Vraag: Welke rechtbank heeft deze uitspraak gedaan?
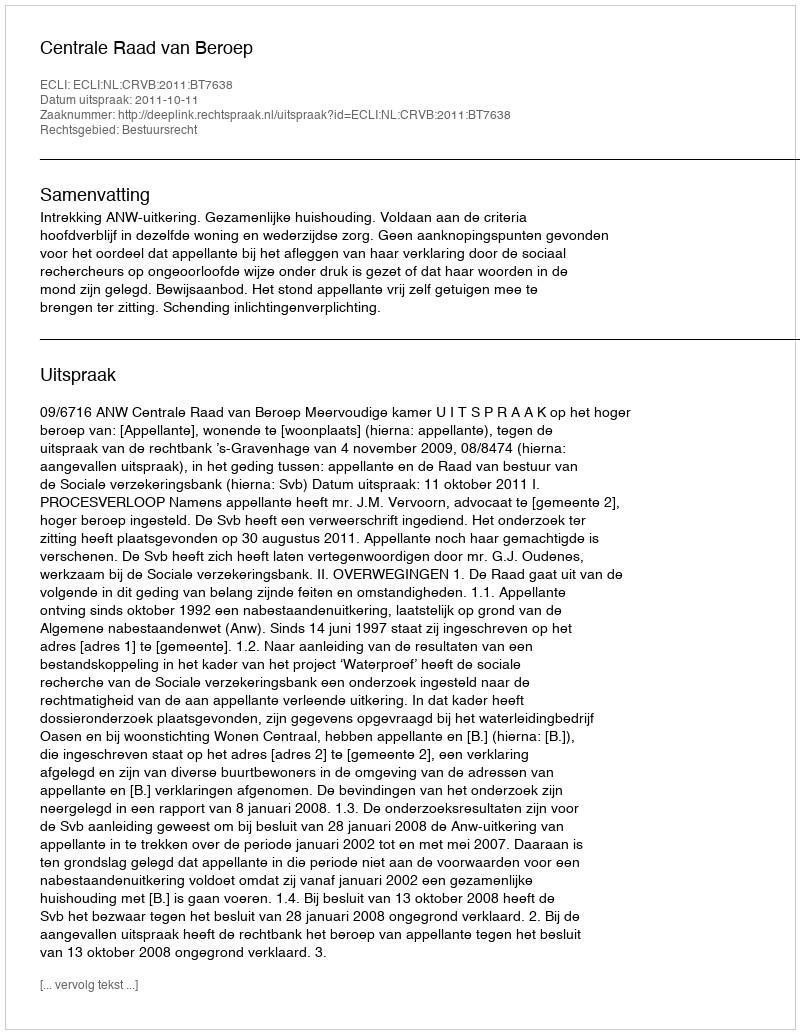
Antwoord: Centrale Raad van Beroep